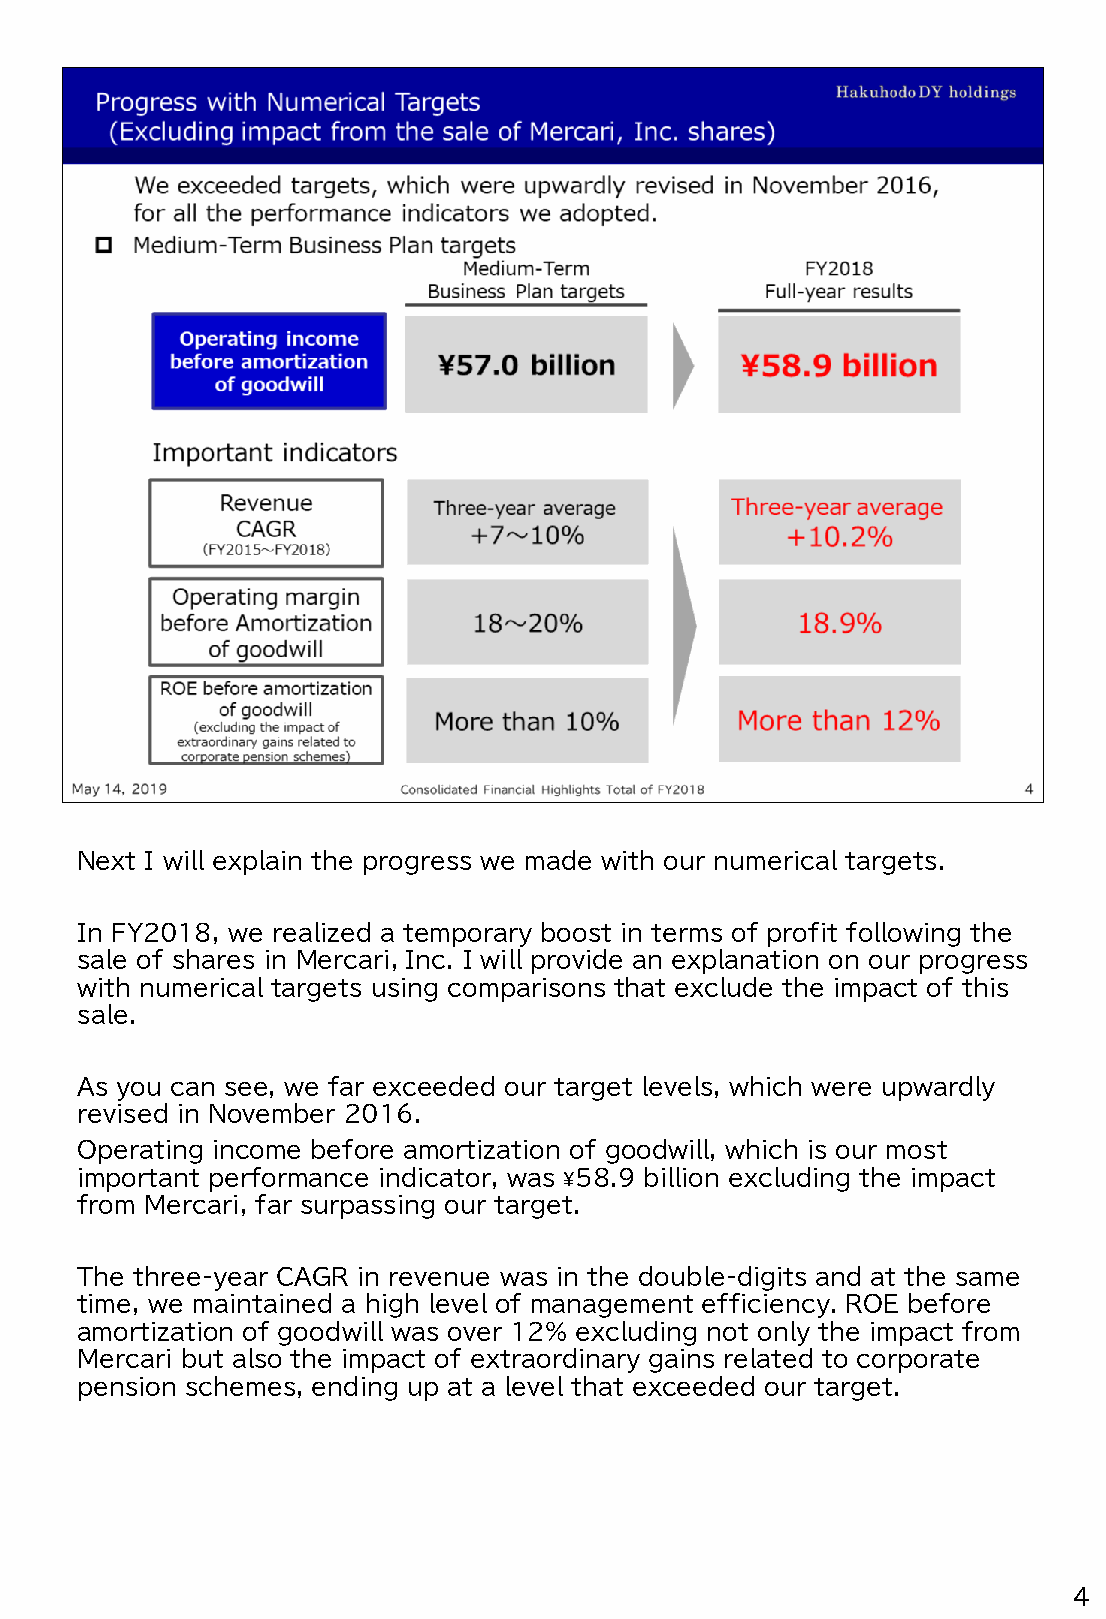
Next I will explain the progress we made with our numerical targets.
 In FY2018, we realized a temporary boost in terms of profit following the
 sale of shares in Mercari, Inc. I will provide an explanation on our progress
 with numerical targets using comparisons that exclude the impact of this
 sale.
 As you can see, we far exceeded our target levels, which were upwardly
 revised in November 2016.
 Operating income before amortization of goodwill, which is our most
 important performance indicator, was ¥58.9 billion excluding the impact
 from Mercari, far surpassing our target.
 The three-year CAGR in revenue was in the double-digits and at the same
 time, we maintained a high level of management efficiency. ROE before
 amortization of goodwill was over 12% excluding not only the impact from
 Mercari but also the impact of extraordinary gains related to corporate
 pension schemes, ending up at a level that exceeded our target.
 4